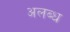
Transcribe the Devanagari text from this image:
अलब्ध